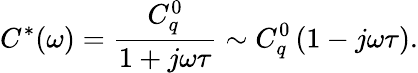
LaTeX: C^{*}(\omega)=\frac{C_{q}^{0}}{1+j\omega\tau}\sim C_{q}^{0}\left(1-j\omega\tau\right).